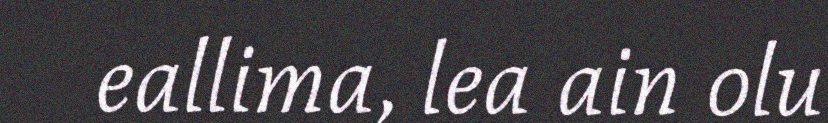
eallima, lea ain olu